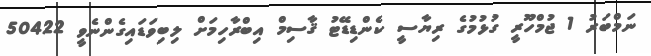
ނަމްބަރު 1 ޖުމްހޫރީ ގުޅުމުގެ ރިޔާސީ ކެންޑިޑޭޓު ޤާސިމް އިބްރާހިމަށް ލިބިވަޑައިގެންނެވީ 50422